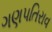
ગણપતિરાવ